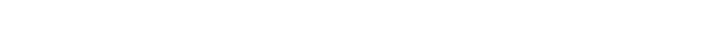
ကောက်တကျစ်သွားခြင်းသည်။ ဟောတိ ယထာ၊ ကဲ့သို့။ ဧဝမေဝံ ဧဝံ တထာ၊ တူ။